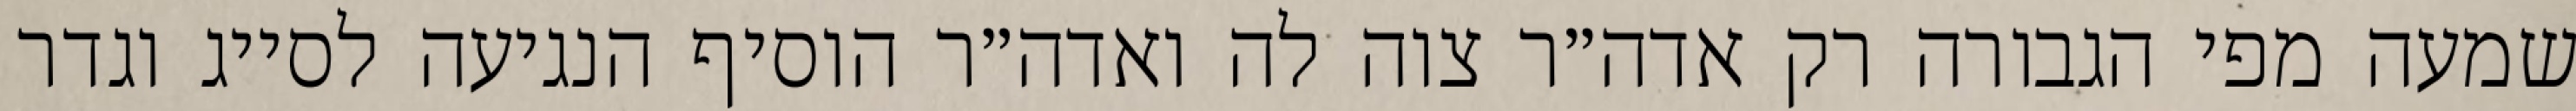
שמעה מפי הגבורה רק אדה״ר צוה לה ואדה״ר הוסיף הנגיעה לסייג וגדר